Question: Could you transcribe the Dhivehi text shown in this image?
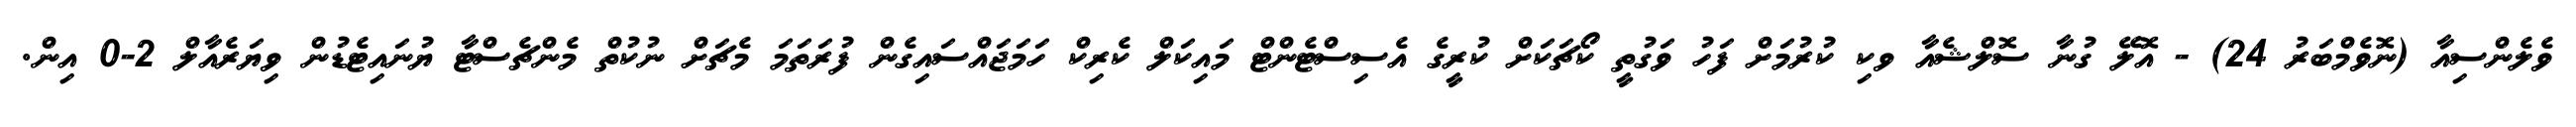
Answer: ވެލެންސިއާ (ނޮވެމްބަރު 24) - އޮލޭ ގުނާ ސޮލްޝެއާ ވކި ކުރުމަށް ފަހު ވަގުތީ ކޯޗަކަށް ކުރީގެ އެސިސްޓެންޓް މައިކަލް ކެރިކް ހަމަޖައްސައިގެން ފުރަތަމަ މެޗަށް ނުކުތް މެންޗެސްޓާ ޔުނައިޓެޑުން ވިޔަރެއާލް 2-0 އިން.